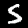
Digit: 5